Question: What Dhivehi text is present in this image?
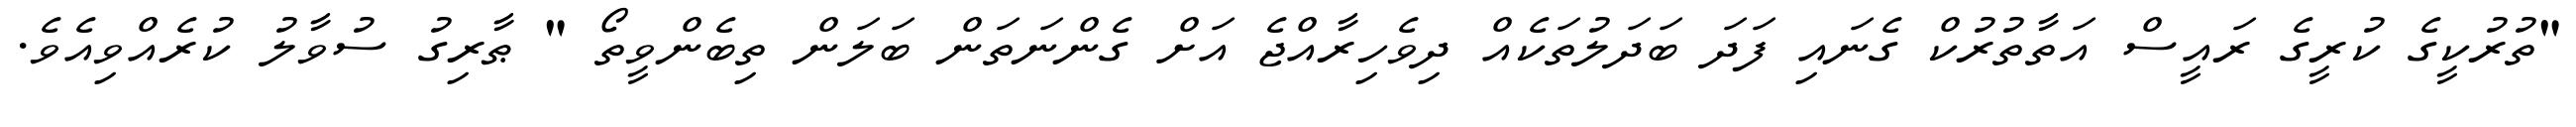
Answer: "ތުރުކީގެ ކުރީގެ ރައީސް އަތާތުރުކް ގެނައި ފަދަ ބަދަލުތަކެއް ދިވެހިރާއްޖެ އަށް ގެންނަތަން ބަލަން ތިބެންވީތޯ " ޠާރިގު ސުވާލު ކުރެއްވިއެވެ.